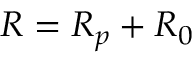
R = R _ { p } + R _ { 0 }